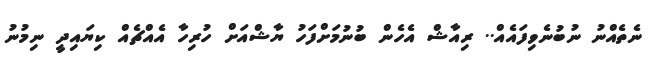
ނެތެއްނު ނުބުނެވިފައެއް.. ރިއާޝް އެހެން ބުނުމަށްފަހު ޔާޝްއަށް ހުރިހާ އެއްޗެއް ކިޔައިދީ ނިމުނު